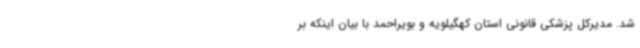
شد. مدیرکل پزشکی قانونی استان کهگیلویه و بویراحمد با بیان اینکه بر